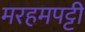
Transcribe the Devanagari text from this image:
मरहमपट्टी